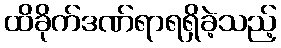
ထိခိုက်ဒဏ်ရာရရှိခဲ့သည့်